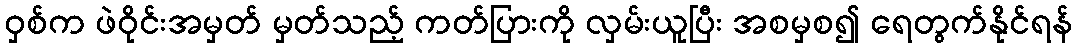
ဝှစ်က ဖဲဝိုင်းအမှတ် မှတ်သည့် ကတ်ပြားကို လှမ်းယူပြီး အစမှစ၍ ရေတွက်နိုင်ရန်